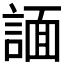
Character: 𧩤